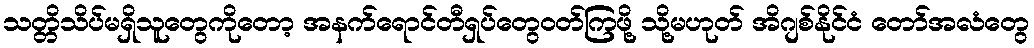
သတ္တိသိပ်မရှိသူတွေကိုတော့ အနက်ရောင်တီရှပ်တွေဝတ်ကြဖို့ သို့မဟုတ် အိဂျစ်နိုင်ငံ တော်အလံတွေ